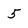
Character: 5